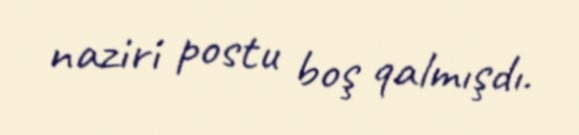
naziri postu boş qalmışdı.